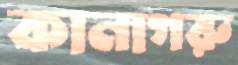
কানাগরু